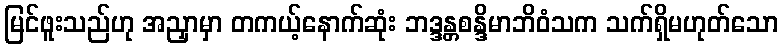
မြင်ဖူးသည်ဟု အညှာမှာ တကယ့်နောက်ဆုံး ဘဒ္ဒန္တစန္ဒိမာဘိဝံသက သက်ရှိမဟုတ်သော